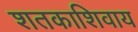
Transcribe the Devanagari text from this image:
शतकाशिवाय